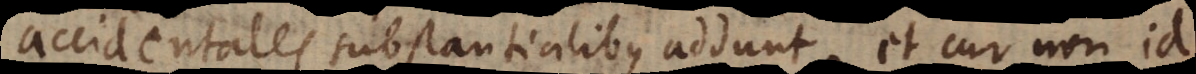
accidentales substantialibus addunt, et cur non id